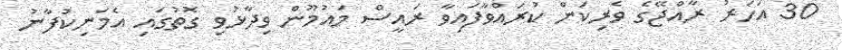
30 އަހަރު ރާއްޖޭގެ ވެރިކަން ކުރައްވާފައިވާ ރައީސް މައުމޫން ވިދާޅުވި ގޮތުގައި އެމަނިކުފާނު